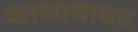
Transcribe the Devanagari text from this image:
काळाबाबत